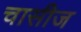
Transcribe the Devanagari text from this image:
चासीज